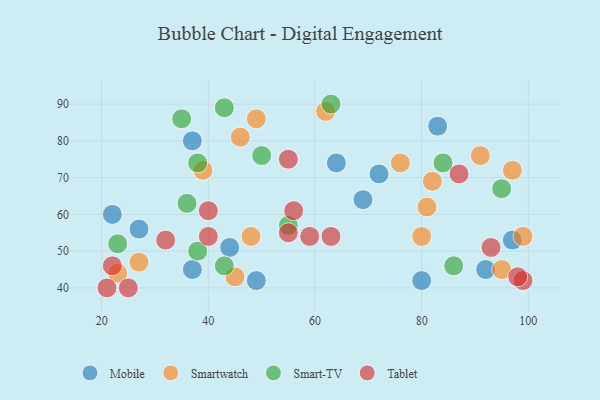
{"axis": {"x": "GDP", "y": "Life Expectancy"}, "legend": ["Mobile", "Smart-TV", "Smartwatch", "Tablet"], "data": [{"x": "97", "y": 53, "type": "Mobile"}, {"x": "69", "y": 64, "type": "Mobile"}, {"x": "64", "y": 74, "type": "Mobile"}, {"x": "92", "y": 45, "type": "Mobile"}, {"x": "44", "y": 51, "type": "Mobile"}, {"x": "22", "y": 60, "type": "Mobile"}, {"x": "37", "y": 45, "type": "Mobile"}, {"x": "49", "y": 42, "type": "Mobile"}, {"x": "72", "y": 71, "type": "Mobile"}, {"x": "83", "y": 84, "type": "Mobile"}, {"x": "80", "y": 42, "type": "Mobile"}, {"x": "37", "y": 80, "type": "Mobile"}, {"x": "27", "y": 56, "type": "Mobile"}, {"x": "80", "y": 54, "type": "Smartwatch"}, {"x": "49", "y": 86, "type": "Smartwatch"}, {"x": "99", "y": 54, "type": "Smartwatch"}, {"x": "39", "y": 72, "type": "Smartwatch"}, {"x": "48", "y": 54, "type": "Smartwatch"}, {"x": "81", "y": 62, "type": "Smartwatch"}, {"x": "95", "y": 45, "type": "Smartwatch"}, {"x": "27", "y": 47, "type": "Smartwatch"}, {"x": "76", "y": 74, "type": "Smartwatch"}, {"x": "62", "y": 88, "type": "Smartwatch"}, {"x": "46", "y": 81, "type": "Smartwatch"}, {"x": "23", "y": 44, "type": "Smartwatch"}, {"x": "82", "y": 69, "type": "Smartwatch"}, {"x": "91", "y": 76, "type": "Smartwatch"}, {"x": "97", "y": 72, "type": "Smartwatch"}, {"x": "45", "y": 43, "type": "Smartwatch"}, {"x": "38", "y": 74, "type": "Smart-TV"}, {"x": "50", "y": 76, "type": "Smart-TV"}, {"x": "63", "y": 90, "type": "Smart-TV"}, {"x": "36", "y": 63, "type": "Smart-TV"}, {"x": "38", "y": 50, "type": "Smart-TV"}, {"x": "95", "y": 67, "type": "Smart-TV"}, {"x": "55", "y": 57, "type": "Smart-TV"}, {"x": "43", "y": 89, "type": "Smart-TV"}, {"x": "84", "y": 74, "type": "Smart-TV"}, {"x": "86", "y": 46, "type": "Smart-TV"}, {"x": "23", "y": 52, "type": "Smart-TV"}, {"x": "43", "y": 46, "type": "Smart-TV"}, {"x": "35", "y": 86, "type": "Smart-TV"}, {"x": "56", "y": 61, "type": "Tablet"}, {"x": "99", "y": 42, "type": "Tablet"}, {"x": "40", "y": 61, "type": "Tablet"}, {"x": "25", "y": 40, "type": "Tablet"}, {"x": "55", "y": 55, "type": "Tablet"}, {"x": "87", "y": 71, "type": "Tablet"}, {"x": "40", "y": 54, "type": "Tablet"}, {"x": "22", "y": 46, "type": "Tablet"}, {"x": "21", "y": 40, "type": "Tablet"}, {"x": "93", "y": 51, "type": "Tablet"}, {"x": "98", "y": 43, "type": "Tablet"}, {"x": "55", "y": 75, "type": "Tablet"}, {"x": "32", "y": 53, "type": "Tablet"}, {"x": "59", "y": 54, "type": "Tablet"}, {"x": "63", "y": 54, "type": "Tablet"}]}